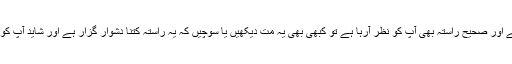
اگر آج آپ کے پاس موقع ہے اور صحیح راستہ بھی آپ کو نظر آرہا ہے تو کبھی بھی یہ مت دیکھیں یا سوچیں کہ یہ راستہ کِتنا دُشوار گُزار ہے اور شاید آپ کو اکیلے بھی طے کرنا پڑے۔